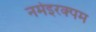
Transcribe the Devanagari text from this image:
नमेइरक्पम